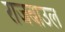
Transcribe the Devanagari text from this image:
राजबाउल